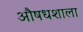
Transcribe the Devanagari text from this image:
औषधशाला